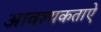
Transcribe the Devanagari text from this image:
आवश्यकताऐ